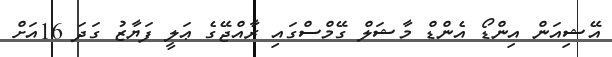
އޭޝިއަން އިންޑޯ އެންޑް މާޝަލް ގޭމްސްގައި ރާއްޖޭގެ ޢަލީ ފަޔާޒު ގަދަ 16އަށް